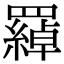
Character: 羄